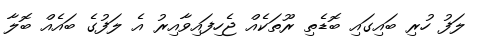
ލަފު ހުރި ބައިގައި ބޮޑެތި ރޫތަކެއް ޖެހިފައިވާއިރު އެ ލަފުގެ ބައެއް ބޮލާ